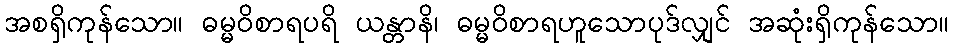
အစရှိကုန်သော။ ဓမ္မဝိစာရပရိ ယန္တာနိ၊ ဓမ္မဝိစာရဟူသောပုဒ်လျှင် အဆုံးရှိကုန်သော။